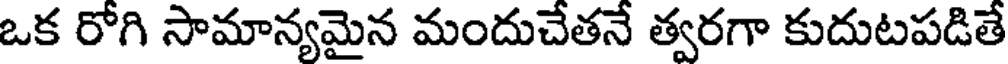
ఒక రోగి సామాన్యమైన మందుచేతనే త్వరగా కుదుటపడితే